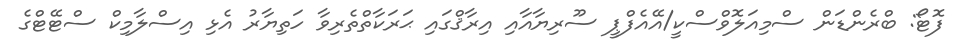
ފޮޓޯ: ބްރެންޑަން ސްމިއަލޮވްސްކީ/އޭއެފްޕީ ސޫރިޔާއާއި އިރާޤްގައި ޙަރަކާތްތެރިވާ ހަތިޔާރު އެޅި އިސްލާމިކް ސްޓޭޓްގެ